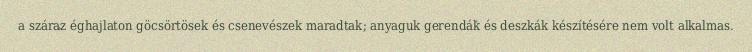
a száraz éghajlaton göcsörtösek és csenevészek maradtak; anyaguk gerendák és deszkák készítésére nem volt alkalmas.